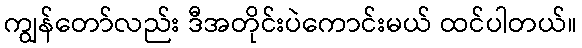
ကျွန်တော်လည်း ဒီအတိုင်းပဲကောင်းမယ် ထင်ပါတယ်။